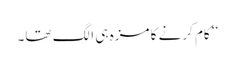
‘‘ کام کرنے کا مزہ ہی الگ تھا۔